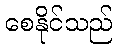
စေနိုင်သည်